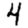
Digit: 4